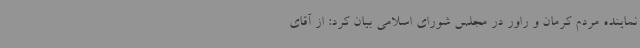
نماینده مردم کرمان و راور در مجلس شورای اسلامی بیان کرد: از آقای